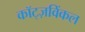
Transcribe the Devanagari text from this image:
कॉट्ज़विंकल